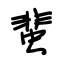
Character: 蜚